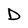
Character: D